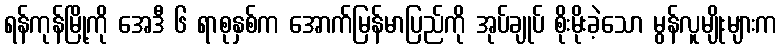
ရန်ကုန်မြို့ကို အေဒီ ၆ ရာစုနှစ်က အောက်မြန်မာပြည်ကို အုပ်ချုပ် စိုးမိုးခဲ့သော မွန်လူမျိုးများက